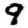
Digit: 9